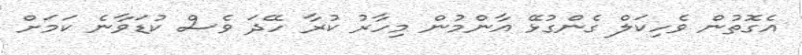
އެގޮތުން ވެހިކަލް ގެންގުޅޭ އާންމުން މިހާރު ކުރާ ހޭދަ ވެސް ކުޑަވާނެ ކަމަށް